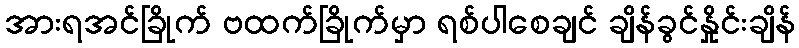
အားရအင်ခြိုက် ဗထက်ခြိုက်မှာ ရစ်ပါစေချင် ချိန်ခွင်နှိုင်းချိန်